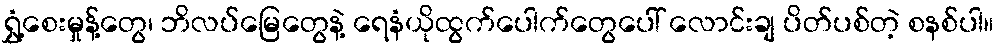
ရွှံ့စေးမှုန့်တွေ၊ ဘိလပ်မြေတွေနဲ့ ရေနံယိုထွက်ပေါက်တွေပေါ် လောင်းချ ပိတ်ပစ်တဲ့ စနစ်ပါ။